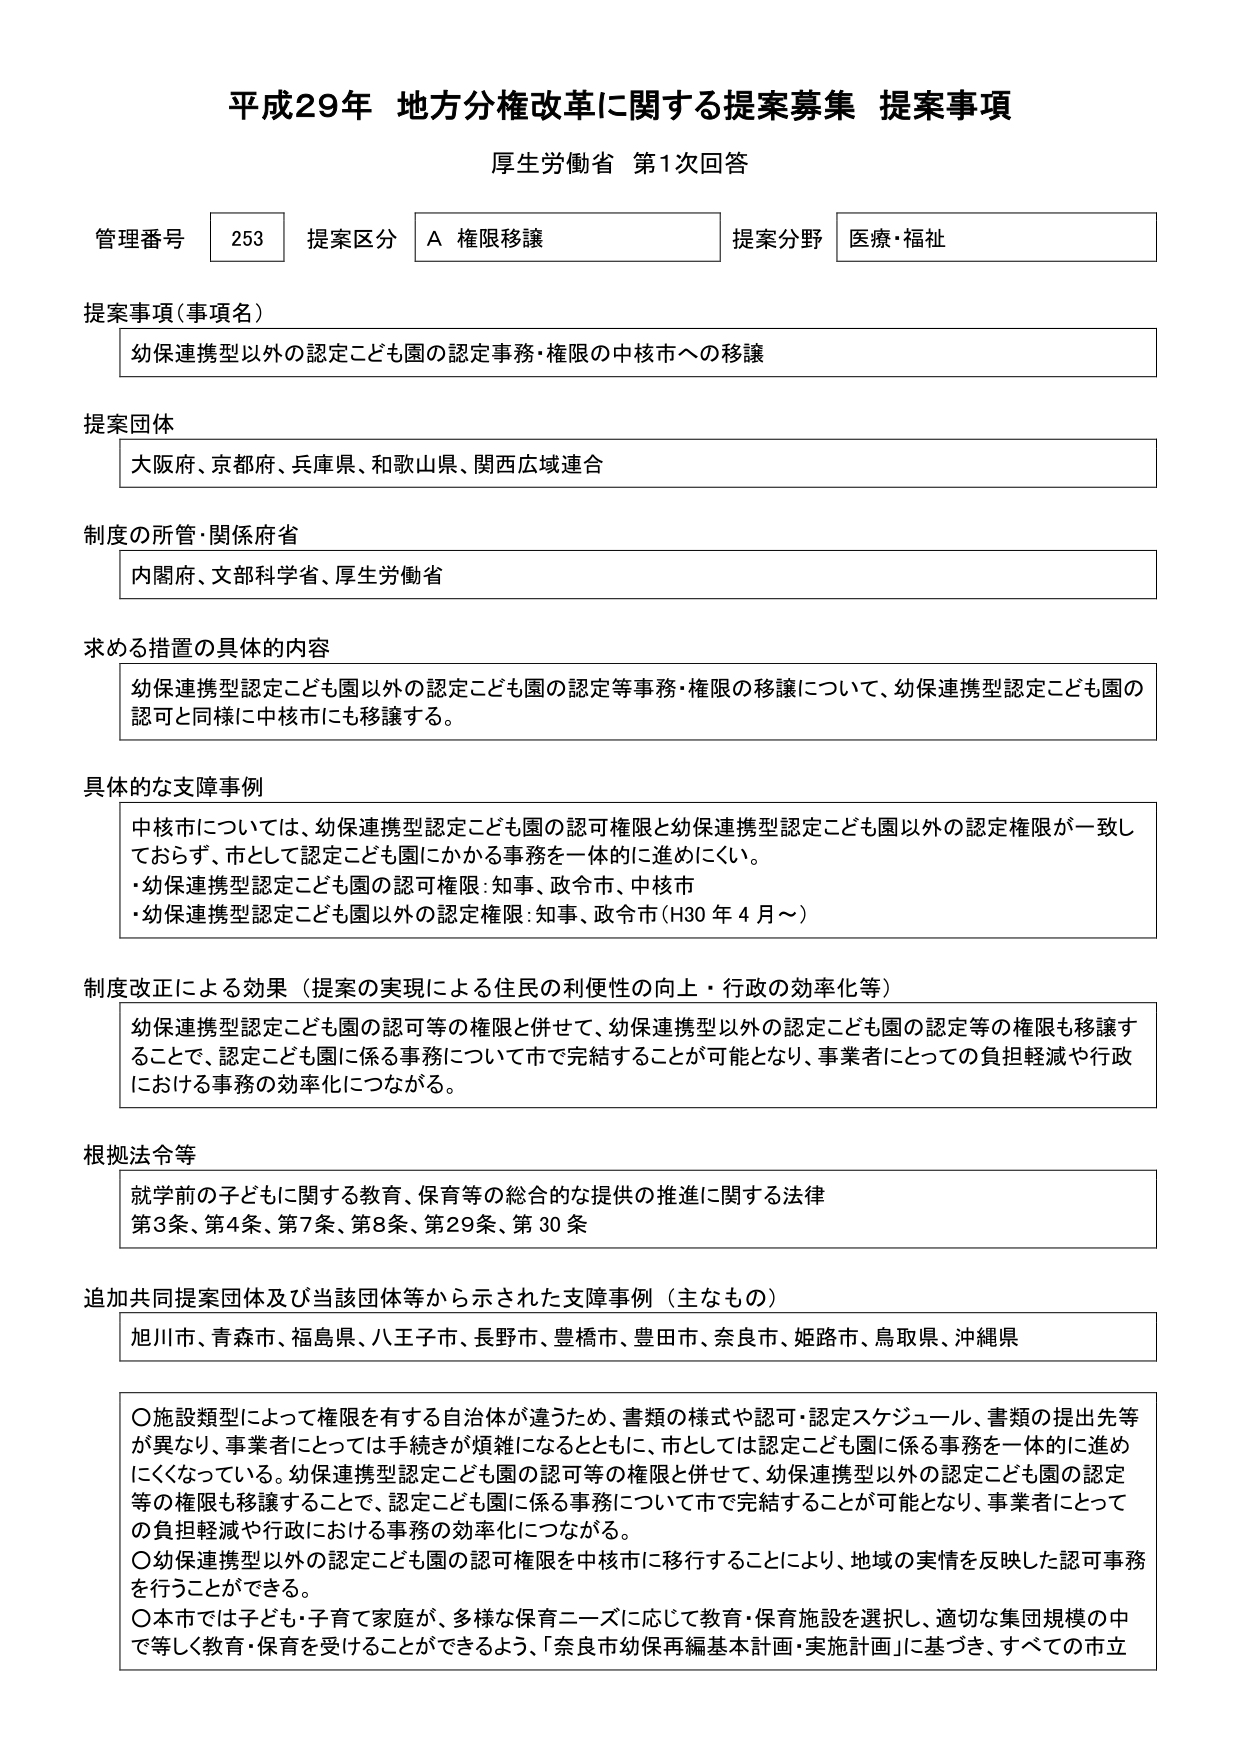
平成29年 地方分権改革に関する提案募集 提案事項
厚生労働省 第1次回答

管理番号 253 提案区分 A 権限移譲 提案分野 医療・福祉

提案事項（事項名）
幼保連携型以外の認定こども園の認定事務・権限の中核市への移譲

提案団体
大阪府、京都府、兵庫県、和歌山県、関西広域連合

制度の所管・関係府省
内閣府、文部科学省、厚生労働省

求める措置の具体的内容
幼保連携型認定こども園以外の認定こども園の認定等事務・権限の移譲について、幼保連携型認定こども園の認可と同様に中核市にも移譲する。

具体的な支障事例
中核市については、幼保連携型認定こども園の認可権限と幼保連携型認定こども園以外の認定権限が一致しておらず、市として認定こども園にかかる事務を一体的に進めにくい。
・幼保連携型認定こども園の認可権限：知事、政令市、中核市
・幼保連携型認定こども園以外の認定権限：知事、政令市（H30年4月～）

制度改正による効果（提案の実現による住民の利便性の向上・行政の効率化等）
幼保連携型認定こども園の認可等の権限と併せて、幼保連携型以外の認定こども園の認定等の権限も移譲することで、認定こども園に係る事務について市で完結することが可能となり、事業者にとっての負担軽減や行政における事務の効率化につながる。

根拠法令等
就学前の子どもに関する教育、保育等の総合的な提供の推進に関する法律
第3条、第4条、第7条、第8条、第29条、第30条

追加共同提案団体及び当該団体等から示された支障事例（主なもの）
旭川市、青森市、福島県、八王子市、長野市、豊橋市、豊田市、奈良市、姫路市、鳥取県、沖縄県

〇施設類型によって権限を有する自治体が違うため、書類の様式や認可・認定スケジュール、書類の提出先等が異なり、事業者にとっては手続きが煩雑になるとともに、市としては認定こども園に係る事務を一体的に進めにくくなっている。幼保連携型認定こども園の認可等の権限と併せて、幼保連携型以外の認定こども園の認定等の権限も移譲することで、認定こども園に係る事務について市で完結することが可能となり、事業者にとっての負担軽減や行政における事務の効率化につながる。
〇幼保連携型以外の認定こども園の認可権限を中核市に移行することにより、地域の実情を反映した認可事務を行うことができる。
〇本市では子ども・子育て家庭が、多様な保育ニーズに応じて教育・保育施設を選択し、適切な集団規模の中で等しく教育・保育を受けることができるよう、「奈良市幼保再編基本計画・実施計画」に基づき、すべての市立